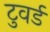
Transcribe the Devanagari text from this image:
टुवर्ड